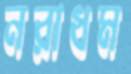
নরাধম